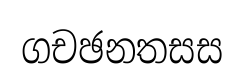
ගචඡනතසස